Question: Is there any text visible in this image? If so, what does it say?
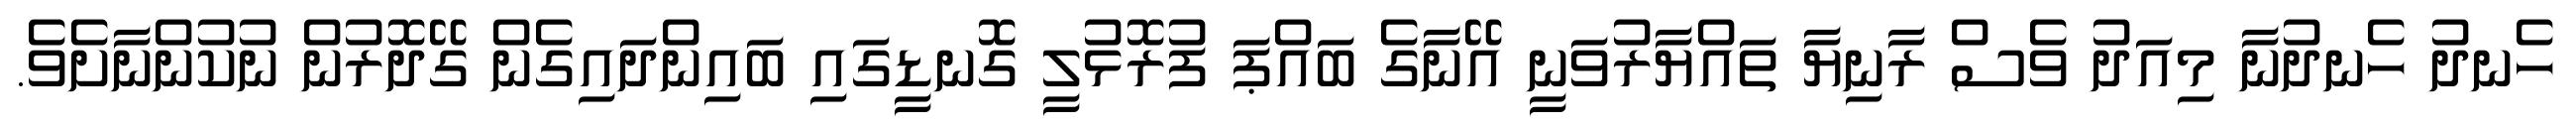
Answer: ހެނދު ހެނދުނާ މިއަދު ވެސް ރާނިޔާ ތައްޔާރުވަނީ އޭނާގެ ބައްޕަ ފުރޮޅުލީ ގޮނޑީގައި ބައިންދައިގެން ގޭދޮރުން ނުކުންނާށެވެ.